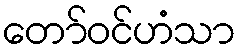
တော်ဝင်ဟံသာ